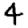
Digit: 4